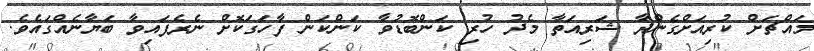
މައްޗަށް ކުރިއަށްގެންދާ ޝަރިއަތާ މެދު ހުރި ކަންބޮޑުވާ ކަންކަން ފާހަގަކޮށް ނެރެފައިވާ ބަޔާނެއްގައެވެ.